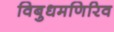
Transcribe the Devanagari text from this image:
विबुधमणिरिव